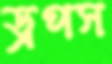
ড্রপস